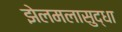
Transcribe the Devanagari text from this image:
झेलमलासुद्धा